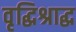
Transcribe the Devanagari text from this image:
वृद्धिश्राद्ध